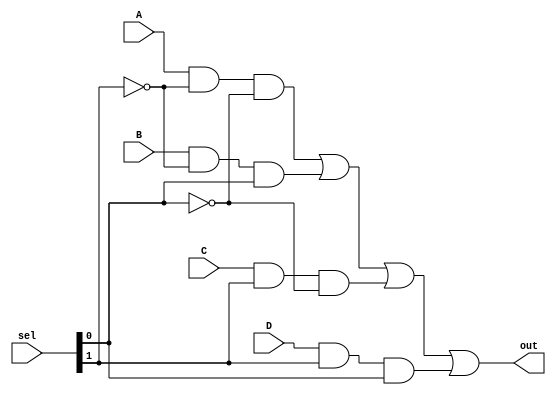
`timescale 1ns/1ps
//////////////////////////////////////////////////////////////////////////////////
// Company: SCU
//
// Design Name: four_to_one mux
// Module Name: four_to_one
// Project Name: lab1
// Target Devices:
// Tool Versions:
// Description: Emulate the function of a 4 to 1 mux using an AND-OR-NOT gate structure
//////////////////////////////////////////////////////////////////////////////////

module four_to_one(sel, A, B, C, D, out);
    // define sel, A, B, C, D as inputs and out as output
    input [1:0] sel;
    input A, B, C, D;
    output out;

    not(notsel0, sel[0]);
    not(notsel1, sel[1]);

    and(outA, A, notsel1, notsel0);
    and(outB, B, notsel1, sel[0]);
    and(outC, C, sel[1], notsel0);
    and(outD, D, sel[1], sel[0]);

    or(out, outA, outB, outC, outD);

endmodule